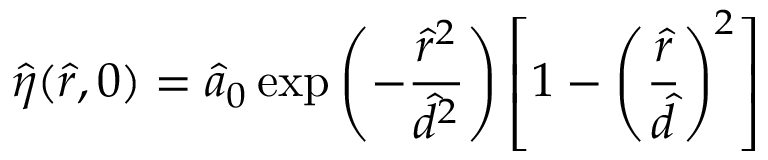
\hat { \eta } ( \hat { r } , 0 ) = \hat { a } _ { 0 } \exp \left( - \frac { \hat { r } ^ { 2 } } { \hat { d } ^ { 2 } } \right) \left[ 1 - \left( \frac { \hat { r } } { \hat { d } } \right) ^ { 2 } \right]